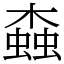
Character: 螙